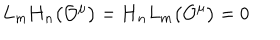
LaTeX: L _ { m } \mathbf { H } _ { n } \bigl ( { \cal O } ^ { \mu } \bigr ) = \mathbf { H } _ { n } L _ { m } \bigl ( { \cal O } ^ { \mu } \bigr ) = 0